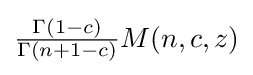
{\tfrac {\Gamma (1-c)}{\Gamma (n+1-c)}}M(n,c,z)